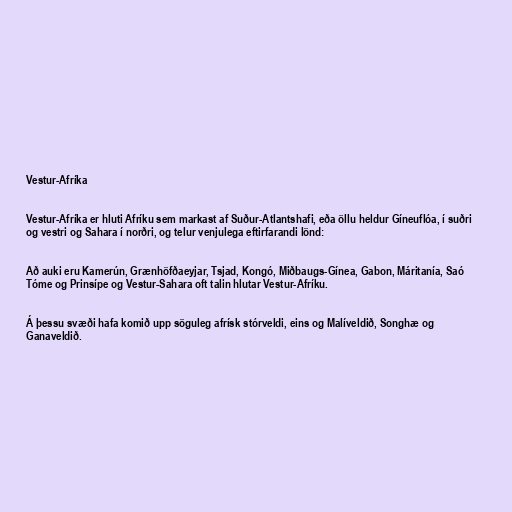
Vestur-Afríka

Vestur-Afríka er hluti Afríku sem markast af Suður-Atlantshafi, eða öllu heldur Gíneuflóa, í suðri
og vestri og Sahara í norðri, og telur venjulega eftirfarandi lönd:

Að auki eru Kamerún, Grænhöfðaeyjar, Tsjad, Kongó, Miðbaugs-Gínea, Gabon, Máritanía, Saó
Tóme og Prinsípe og Vestur-Sahara oft talin hlutar Vestur-Afríku.

Á þessu svæði hafa komið upp söguleg afrísk stórveldi, eins og Malíveldið, Songhæ og
Ganaveldið.